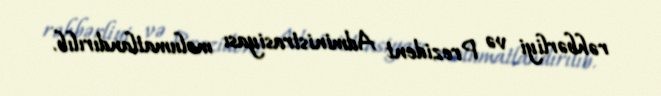
rəhbərliyi və Prezident Administrasiyası məlumatlandırılıb.